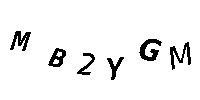
MB2YGM